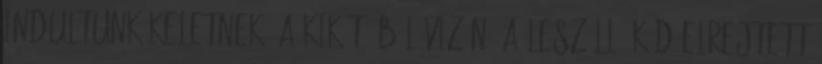
indultunk keletnek, a kikötőöböl vizén. A leszálló köd elrejtett